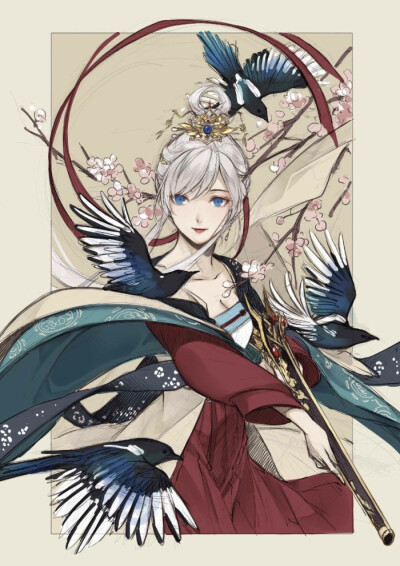
燕语如伤旧国春，宫花一落已成尘。